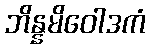
ဘိန္နမိဝေါဒကံ